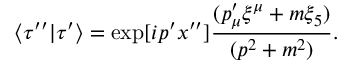
\langle \tau ^ { \prime \prime } | \tau ^ { \prime } \rangle = \exp [ i p ^ { \prime } x ^ { \prime \prime } ] { \frac { ( p _ { \mu } ^ { \prime } \xi ^ { \mu } + m \xi _ { 5 } ) } { ( p ^ { 2 } + m ^ { 2 } ) } } .